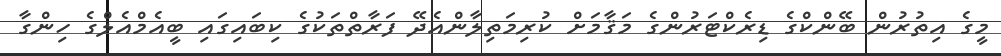
މީގެ އިތުރުން ބޭންކްގެ ޑިރެކްޓަރުންގެ މަޤާމަށް ކުރިމަތިލާންއެދޭ ފަރާތްތަކުގެ ކިބައިގައި ބީއެމްއެލްގެ ހިންގާ